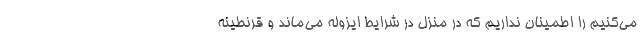
می‌کنیم را اطمینان نداریم که در منزل در شرایط ایزوله می‌ماند و قرنطینه